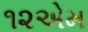
૧૨એમ